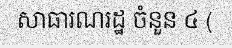
សាធារណរដ្ឋ ចំនួន ៤ (